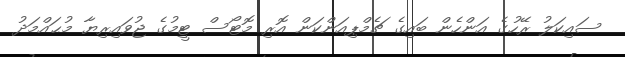
ސައިކަލު ރޭހުގެ އަންހެން ބައިގެ ޗެމްޕިއަންކަން އޮރި މޮޓޯސް ޓީމުގެ ޖުވައިރިޔާ މުޙައްމަދު